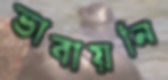
ভাবায়নি